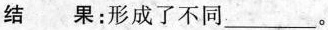
结果：形成了不同___。